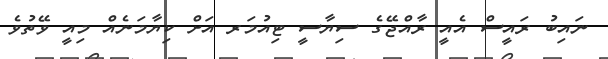
ނައިބު ރައީސް އެއީ ރާއްޖޭގެ ސިޔާސީ ޓިއުމަރ އަށް ކިޔާމަނެއް މިއީ ވޭތުވެ